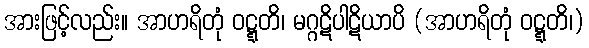
အားဖြင့်လည်း။ အာဟရိတုံ ဝဋ္ဋတိ၊ မဂ္ဂဋိပါဋိယာပိ (အာဟရိတုံ ဝဋ္ဋတိ၊)